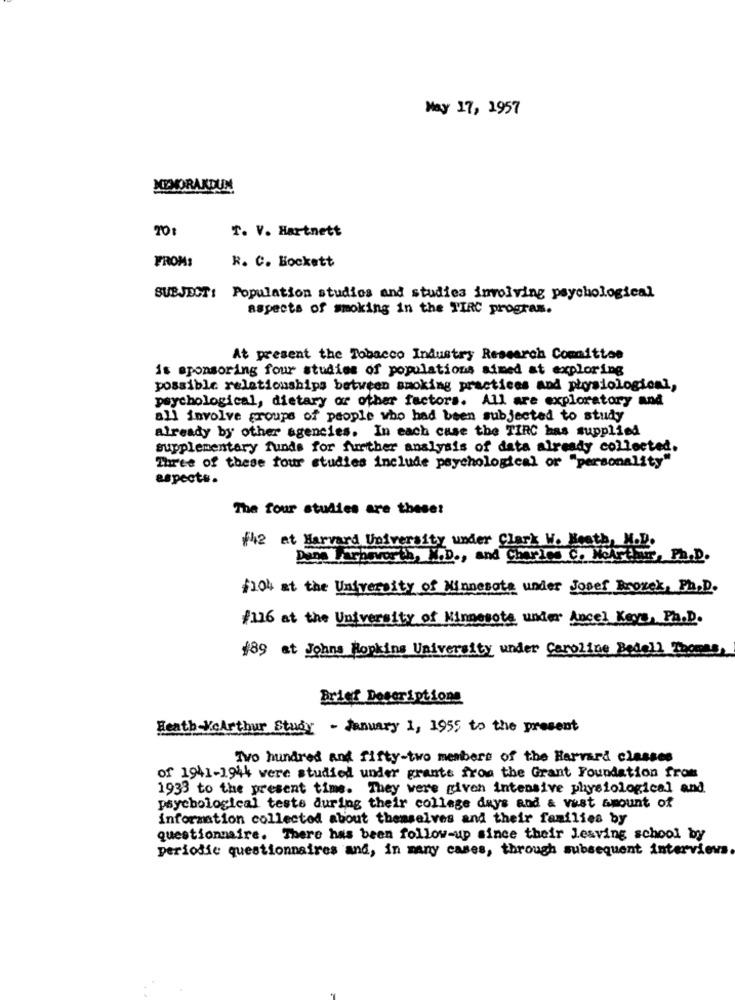
May 17, 1957
MEMORANDUM
20:
T. V. Hartnett
FROM:
R. C. Bockett
SUBJECT: Population studios and studies involving psychological
aspects of smoking in the TIRC program.
At present the Tobacco Industry Research Comnitton
is sponsoring four studies of populations aimed at exploring
possible relationships between smoking practices and płysiological,
psychological, dietary or other factors. All are exploratory and
all involve groups of people who had been subjected to study
already by other agencies. In each case the TIRC bas supplied
supplementary funds for further analysis of data already collected.
Three of these four studies include psychological or "personality"
aspects.
The four studies are theset
f42 at Harvard University under Clark W. Heath, M.D.
Dane Farbevor th, W.D ., and Charics C. NoArthur, Ph.D.
f10% at the University of Minnesota under Josef Brouck, Ph.D.
#116 at the University of Minnesota under Ancel Keys, Ph.D.
189 at Johns Hopkins University under Caroline Bedell Thomas,
Brief Descriptions
Heath VeArthur Study - January 1, 1955 to the present
Tvo hundred and fifty-two members of the Harvard classes
of 1941-1944 were studied under grants from the Grant Foundation from
1933 to the present time. They were given intensive physiological and
psychological tests during their college days and & vast amount of
information collected about themselves and their families by
questionnaire. There has been follow-up since their Lesving school by
periodic questionnaires and, in many cases, through subsequent interviews.